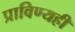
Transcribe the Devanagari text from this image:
प्राविण्यही